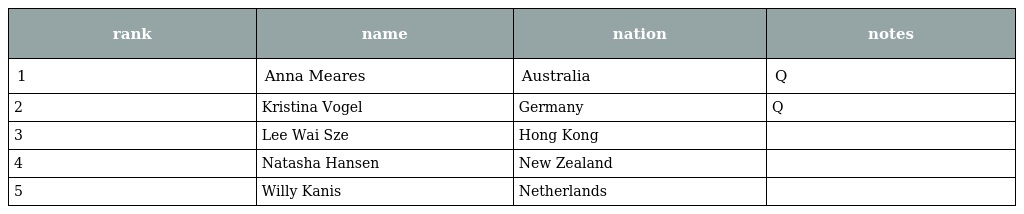
| rank | name | nation | notes |
 | --- | --- | --- | --- |
 | 1 | Anna Meares | Australia | Q |
 | 2 | Kristina Vogel | Germany | Q |
 | 3 | Lee Wai Sze | Hong Kong |  |
 | 4 | Natasha Hansen | New Zealand |  |
 | 5 | Willy Kanis | Netherlands |  |